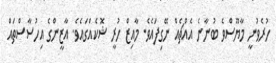
ހުރެވުނީ މާޔޫސްވެ ބުނާނެ އެއްޗެއް ނޭގިފައެވެ. މާއިޒް ހުރީ ޝޮކެއްގައެވެ. އާޒީންގެ އިހުސާސްތައް